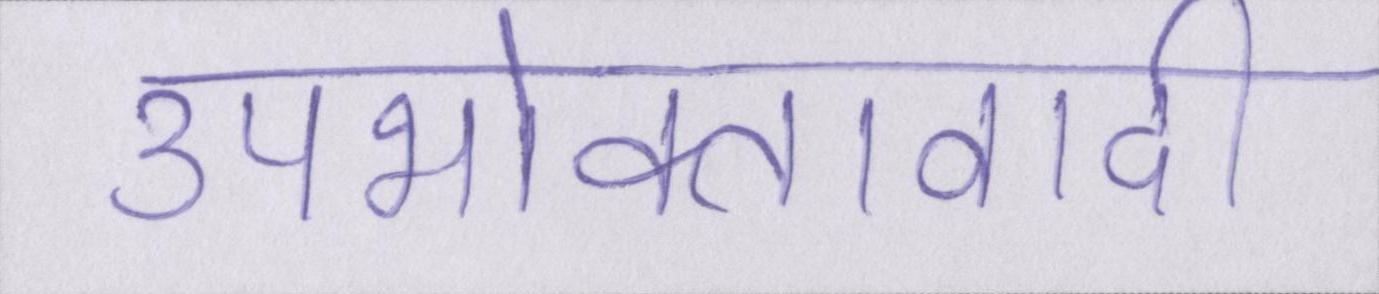
उपभोक्तावादी